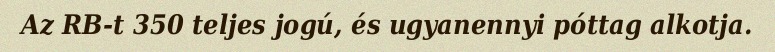
Az RB-t 350 teljes jogú, és ugyanennyi póttag alkotja.